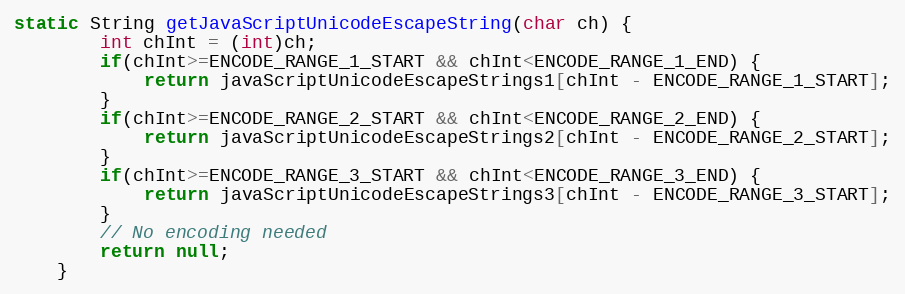
Language: Java
static String getJavaScriptUnicodeEscapeString(char ch) {
		int chInt = (int)ch;
		if(chInt>=ENCODE_RANGE_1_START && chInt<ENCODE_RANGE_1_END) {
			return javaScriptUnicodeEscapeStrings1[chInt - ENCODE_RANGE_1_START];
		}
		if(chInt>=ENCODE_RANGE_2_START && chInt<ENCODE_RANGE_2_END) {
			return javaScriptUnicodeEscapeStrings2[chInt - ENCODE_RANGE_2_START];
		}
		if(chInt>=ENCODE_RANGE_3_START && chInt<ENCODE_RANGE_3_END) {
			return javaScriptUnicodeEscapeStrings3[chInt - ENCODE_RANGE_3_START];
		}
		// No encoding needed
		return null;
	}